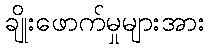
ချိုးဖောက်မှုများအား